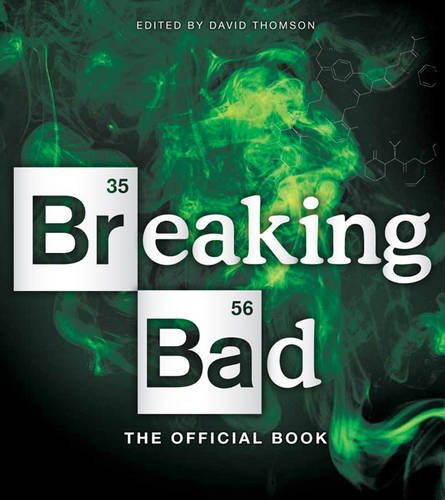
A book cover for Breaking Bad: The Official Book; Humor & Entertainment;